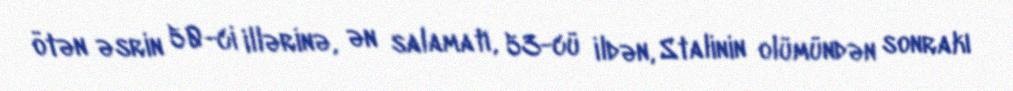
ötən əsrin 50-ci illərinə, ən salamatı, 53-cü ildən, Stalinin olümündən sonrakı